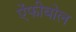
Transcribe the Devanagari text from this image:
ऐंफीबोल